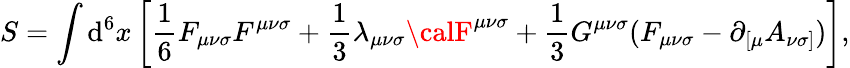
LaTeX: S=\int\mathrm{d}^{6}x\left[{\frac{1}{6}}F_{{\mu}{\nu}{\sigma}}F^{{\mu}{\nu}{\sigma}}+{\frac{1}{3}}{\lambda}_{{\mu}{\nu}{\sigma}}{\calF}^{{\mu}{\nu}{\sigma}}+{\frac{1}{3}}G^{{\mu}{\nu}{\sigma}}(F_{{\mu}{\nu}{\sigma}}-{\partial}_{[{\mu}}A_{{\nu}{\sigma}]})\right],